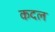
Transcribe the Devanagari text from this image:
कदल